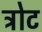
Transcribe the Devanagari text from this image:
त्रोट